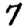
Digit: 7